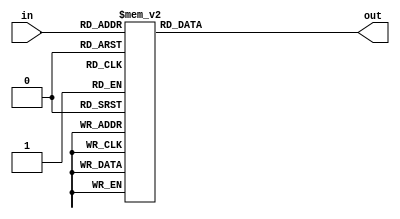
`timescale 1ns / 1ps
module binary_to_11_OHC(in,out);
    input [4:1]in;
    output reg[11:1] out;
    always @(*) begin
       case (in)
            4'h0:out = 11'b00000000001;
            4'h1:out = 11'b00000000010;
            4'h2:out = 11'b00000000100;
            4'h3:out = 11'b00000001000;
            4'h4:out = 11'b00000010000;
            4'h5:out = 11'b00000100000;
            4'h6:out = 11'b00001000000;
            4'h7:out = 11'b00010000000;
            4'h8:out = 11'b00100000000;
            4'h9:out = 11'b01000000000;
            4'hA:out = 11'b10000000000;
            default:out=11'bxxxxxxxxxxx;
       endcase 
    end
endmodule